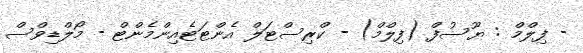
- ފިލްމް : ޔޫސުފް (ފިލްމް) - ކްރިސްޓަލް އެންޓަޓެއިންމެންޓް - މޯލްޑިވްސް